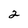
Character: 2